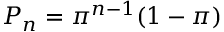
P _ { n } = \pi ^ { n - 1 } ( 1 - \pi )